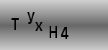
Text: TyxH4